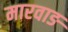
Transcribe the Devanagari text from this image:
मारवाङ